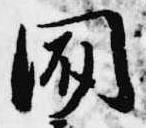
聞